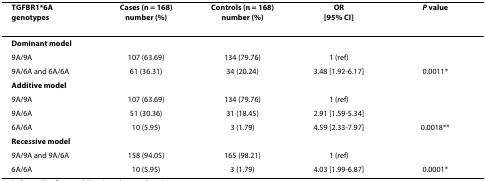
| TGFBR1*6A genotypes | Cases (n = 168)number (%) | Controls (n = 168)number (%) | OR[95% CI] | P value |
 | --- | --- | --- | --- | --- |
 | Dominant model |  |  |  |  |
 | 9A/9A | 107 (63.69) | 134 (79.76) | 1 (ref) |  |
 | 9A/6A and 6A/6A | 61 (36.31) | 34 (20.24) | 3.48 [1.92-6.17] | 0.0011* |
 | Additive model |  |  |  |  |
 | 9A/9A | 107 (63.69) | 134 (79.76) | 1 (ref) |  |
 | 9A/6A | 51 (30.36) | 31 (18.45) | 2.91 [1.59-5.34] |  |
 | 6A/6A | 10 (5.95) | 3 (1.79) | 4.59 [2.33-7.97] | 0.0018** |
 | Recessive model |  |  |  |  |
 | 9A/9A and 9A/6A | 158 (94.05) | 165 (98.21) | 1 (ref) |  |
 | 6A/6A | 10 (5.95) | 3 (1.79) | 4.03 [1.99-6.87] | 0.0001* |